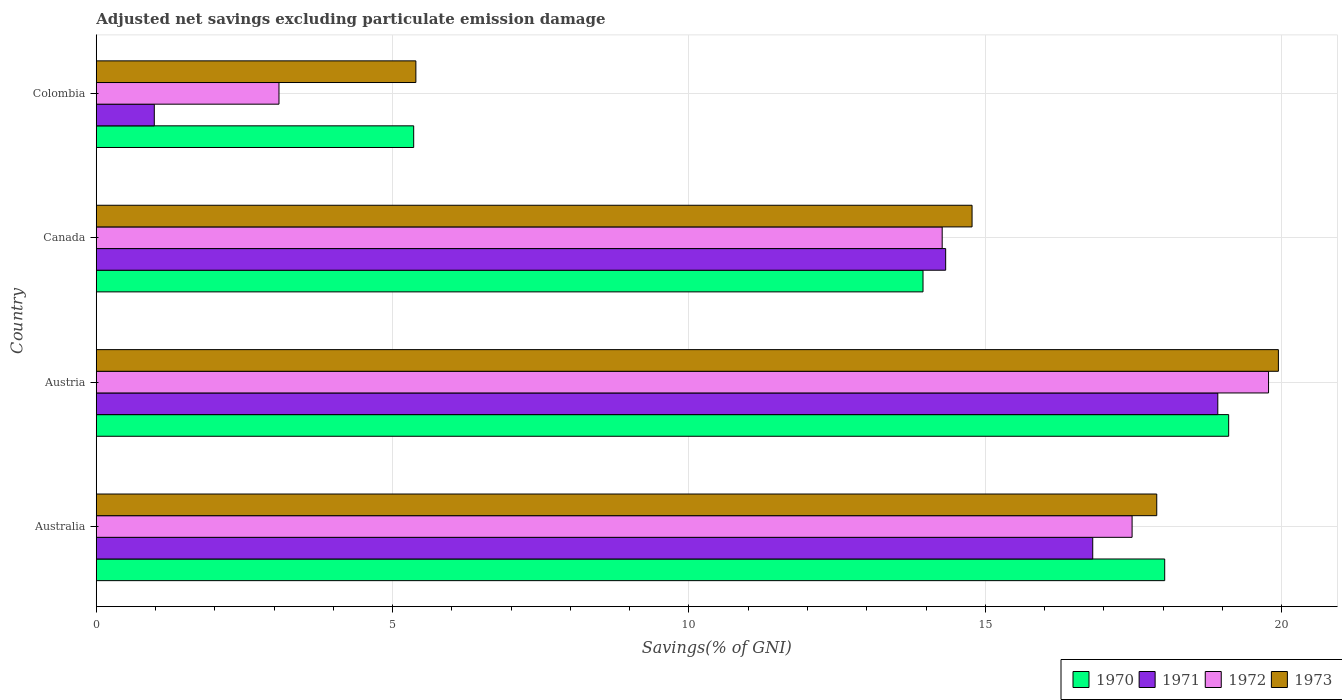
| Country | 1970 | 1971 | 1972 | 1973 |
 | --- | --- | --- | --- | --- |
 | Australia | 18 | 16.8 | 17.5 | 17.9 |
 | Austria | 19.1 | 18.9 | 19.8 | 19.9 |
 | Canada | 13.9 | 14.3 | 14.3 | 14.8 |
 | Colombia | 5.36 | 0.979 | 3.08 | 5.39 |